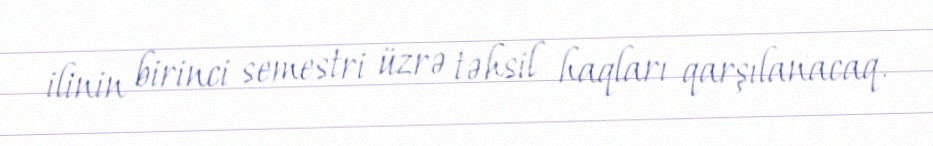
ilinin birinci semestri üzrə təhsil haqları qarşılanacaq.